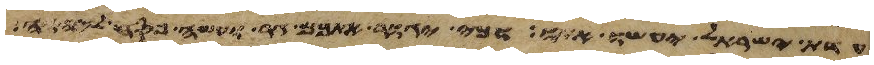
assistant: עדת ישראל יעשו אתו וכי יגור אתכם גר ועשה פסח ליהוה